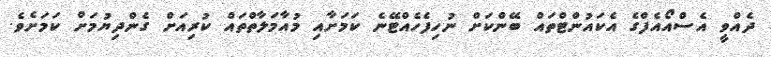
ދެއްވީ އެސްއޯއެފްގެ އެކައުންޓްތައް ބޭންކަށް ނުހިފެހެއްޓޭނެ ކަމަށާއި މުއާމަލާތްތައް ކުރިއަށް ގެންދިޔުމަށް ކަމަށެވެ.